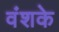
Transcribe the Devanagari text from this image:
वंशके